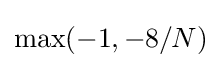
\max(-1,-8/N)